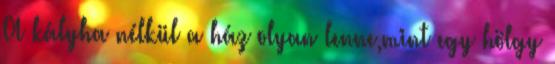
A kályha nélkül a ház olyan lenne,mint egy hölgy